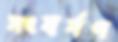
সংঘর্ষণ